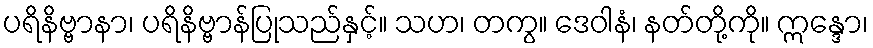
ပရိနိဗ္ဗာနာ၊ ပရိနိဗ္ဗာန်ပြုသည်နှင့်။ သဟ၊ တကွ။ ဒေဝါနံ၊ နတ်တို့ကို။ ဣန္ဒော၊